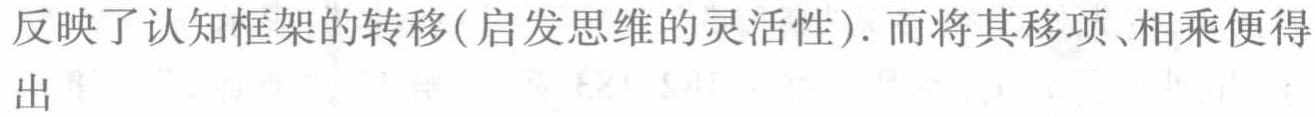
反映了认知框架的转移(启发思维的灵活性). 而将其移项、相乘便得出